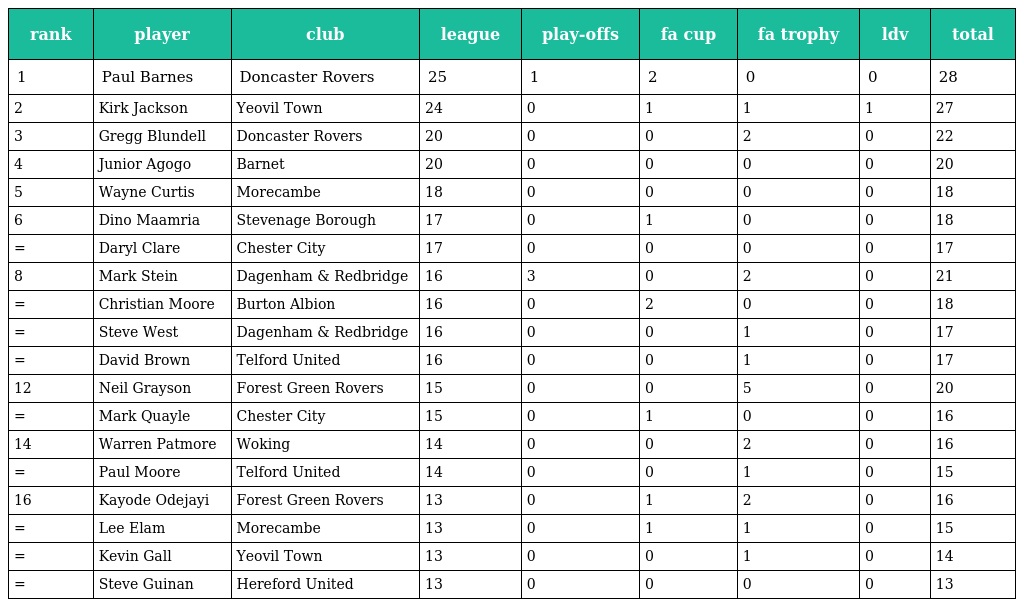
| rank | player | club | league | play-offs | fa cup | fa trophy | ldv | total |
 | --- | --- | --- | --- | --- | --- | --- | --- | --- |
 | 1 | Paul Barnes | Doncaster Rovers | 25 | 1 | 2 | 0 | 0 | 28 |
 | 2 | Kirk Jackson | Yeovil Town | 24 | 0 | 1 | 1 | 1 | 27 |
 | 3 | Gregg Blundell | Doncaster Rovers | 20 | 0 | 0 | 2 | 0 | 22 |
 | 4 | Junior Agogo | Barnet | 20 | 0 | 0 | 0 | 0 | 20 |
 | 5 | Wayne Curtis | Morecambe | 18 | 0 | 0 | 0 | 0 | 18 |
 | 6 | Dino Maamria | Stevenage Borough | 17 | 0 | 1 | 0 | 0 | 18 |
 | = | Daryl Clare | Chester City | 17 | 0 | 0 | 0 | 0 | 17 |
 | 8 | Mark Stein | Dagenham & Redbridge | 16 | 3 | 0 | 2 | 0 | 21 |
 | = | Christian Moore | Burton Albion | 16 | 0 | 2 | 0 | 0 | 18 |
 | = | Steve West | Dagenham & Redbridge | 16 | 0 | 0 | 1 | 0 | 17 |
 | = | David Brown | Telford United | 16 | 0 | 0 | 1 | 0 | 17 |
 | 12 | Neil Grayson | Forest Green Rovers | 15 | 0 | 0 | 5 | 0 | 20 |
 | = | Mark Quayle | Chester City | 15 | 0 | 1 | 0 | 0 | 16 |
 | 14 | Warren Patmore | Woking | 14 | 0 | 0 | 2 | 0 | 16 |
 | = | Paul Moore | Telford United | 14 | 0 | 0 | 1 | 0 | 15 |
 | 16 | Kayode Odejayi | Forest Green Rovers | 13 | 0 | 1 | 2 | 0 | 16 |
 | = | Lee Elam | Morecambe | 13 | 0 | 1 | 1 | 0 | 15 |
 | = | Kevin Gall | Yeovil Town | 13 | 0 | 0 | 1 | 0 | 14 |
 | = | Steve Guinan | Hereford United | 13 | 0 | 0 | 0 | 0 | 13 |